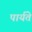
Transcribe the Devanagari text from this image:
पार्यते